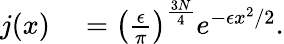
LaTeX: \begin{array}{rl}{j(x)}&{{}=\left(\frac{\epsilon}{\pi}\right)^{\frac{3N}{4}}e^{-\epsilon x^{2}/2}.}\end{array}